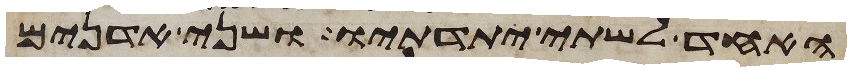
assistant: האחד לשתי יתדתיו ושני אדנים